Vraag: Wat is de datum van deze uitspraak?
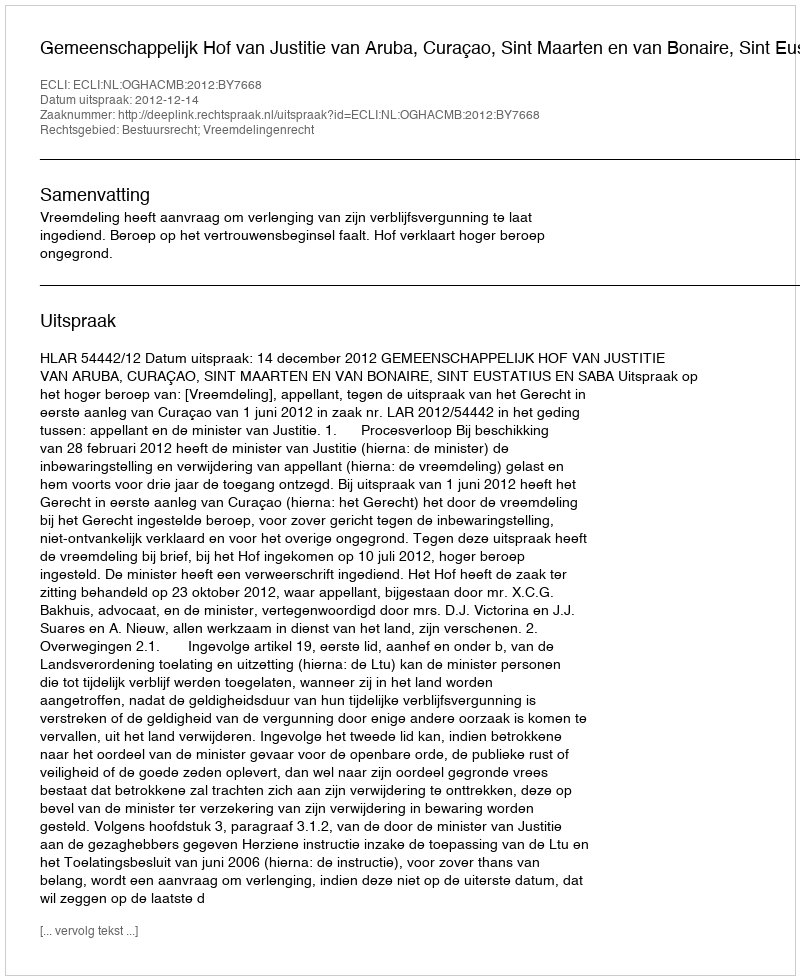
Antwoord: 2012-12-14